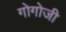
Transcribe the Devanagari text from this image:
गोगोजी